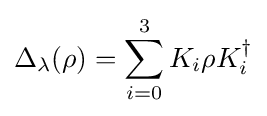
\Delta _{\lambda }(\rho )=\sum _{i=0}^{3}K_{i}\rho K_{i}^{\dagger }